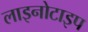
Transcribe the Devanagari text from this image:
लाइनोटाइप